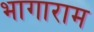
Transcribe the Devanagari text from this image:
भागाराम